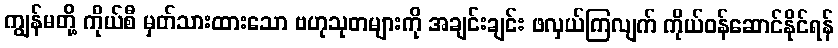
ကျွန်မတို့ ကိုယ်စီ မှတ်သားထားသော ဗဟုသုတများကို အချင်းချင်း ဖလှယ်ကြလျက် ကိုယ်ဝန်ဆောင်နိုင်ရန်